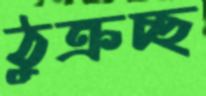
ঠুক্‌রচ্ছ